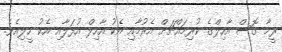
ރީމާ ގޮސް އާހިލްގެ ކުރިމައްޗަށް އެރުމާއި އެކު އާހިލް އުފަލާއި އެކު ހީލިއެވެ.